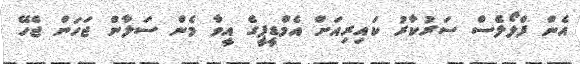
އެން ފްލޯލެސް ސަރުކާރު ކައިރިއަށް އެމްޑީޕީގެ އީވާ މެން ސަލާން ޖަހަން ޖެހޭ